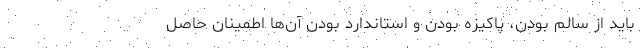
باید از سالم بودن، پاکیزه بودن و استاندارد بودن آن‌ها اطمینان حاصل